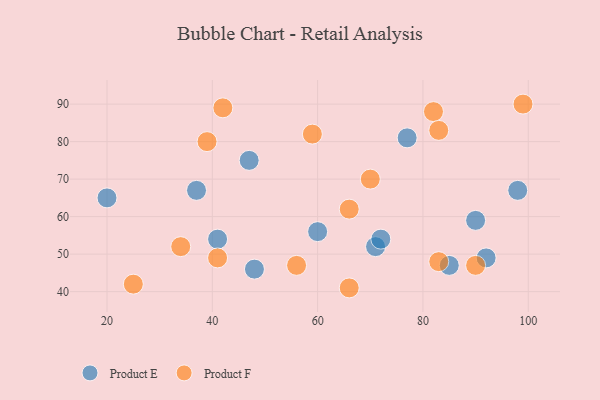
{"axis": {"x": "GDP", "y": "Life Expectancy"}, "legend": ["Product E", "Product F"], "data": [{"x": "71", "y": 52, "type": "Product E"}, {"x": "48", "y": 46, "type": "Product E"}, {"x": "72", "y": 54, "type": "Product E"}, {"x": "47", "y": 75, "type": "Product E"}, {"x": "85", "y": 47, "type": "Product E"}, {"x": "41", "y": 54, "type": "Product E"}, {"x": "90", "y": 59, "type": "Product E"}, {"x": "60", "y": 56, "type": "Product E"}, {"x": "37", "y": 67, "type": "Product E"}, {"x": "98", "y": 67, "type": "Product E"}, {"x": "20", "y": 65, "type": "Product E"}, {"x": "92", "y": 49, "type": "Product E"}, {"x": "77", "y": 81, "type": "Product E"}, {"x": "25", "y": 42, "type": "Product F"}, {"x": "39", "y": 80, "type": "Product F"}, {"x": "56", "y": 47, "type": "Product F"}, {"x": "66", "y": 41, "type": "Product F"}, {"x": "59", "y": 82, "type": "Product F"}, {"x": "90", "y": 47, "type": "Product F"}, {"x": "41", "y": 49, "type": "Product F"}, {"x": "34", "y": 52, "type": "Product F"}, {"x": "82", "y": 88, "type": "Product F"}, {"x": "83", "y": 48, "type": "Product F"}, {"x": "66", "y": 62, "type": "Product F"}, {"x": "99", "y": 90, "type": "Product F"}, {"x": "42", "y": 89, "type": "Product F"}, {"x": "70", "y": 70, "type": "Product F"}, {"x": "83", "y": 83, "type": "Product F"}]}